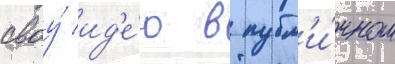
своу́ ид'е́ю в публ'и́чном